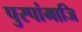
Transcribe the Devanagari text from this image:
पुस्पांमाजि